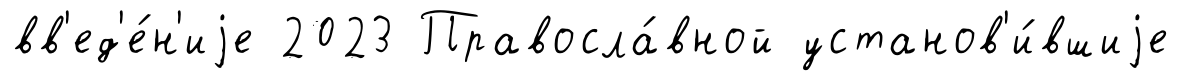
вв'ед'е́н'иjе 2023 Правосла́вной установ'и́вшиjе